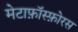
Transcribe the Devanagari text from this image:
मेटाफ़ॉस्फ़ोरस